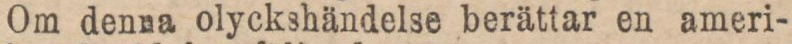
Om denna olyckshändelse berättar en ameri-